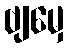
ဗျမှေ